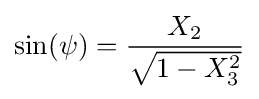
\sin(\psi )={\frac {X_{2}}{\sqrt {1-X_{3}^{2}}}}